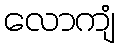
လောကျံ